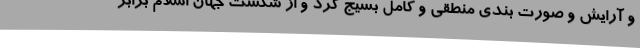
و آرایش و صورت بندی منطقی و کامل بسیج کرد و از شکست جهان اسلام برابر